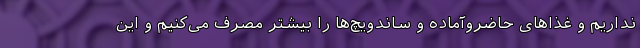
نداریم و غذا‌های حاضروآماده و ساندویچ‌ها را بیشتر مصرف می‌کنیم و این